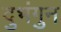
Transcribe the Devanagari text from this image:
दुभंगुन